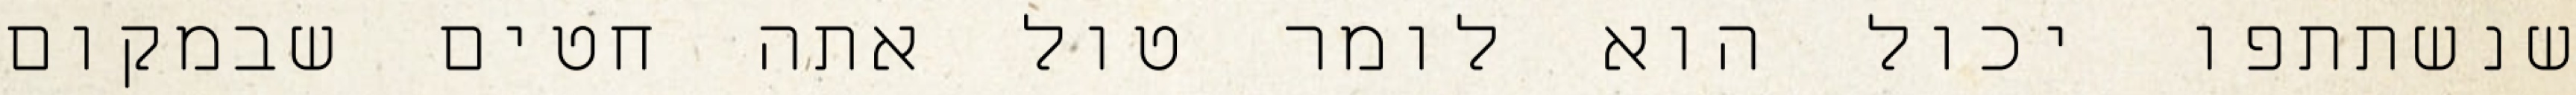
שנשתתפו יכול הוא לומר טול אתה חטים שבמקום